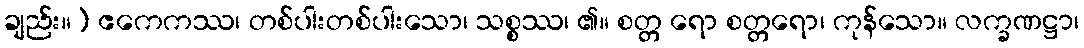
ချည်း။) ဧကေကဿ၊ တစ်ပါးတစ်ပါးသော၊ သစ္စဿ၊ ၏။ စတ္တ ရော စတ္တရော၊ ကုန်သော။ လက္ခဏဋ္ဌာ၊